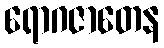
ရောဂဇာတေန